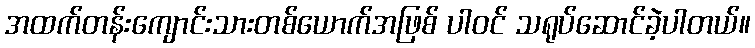
အထက်တန်းကျောင်းသားတစ်ယောက်အဖြစ် ပါဝင် သရုပ်ဆောင်ခဲ့ပါတယ်။